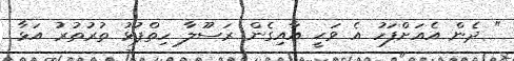
" ދެން އެއަށްފަހު އެ ވަޙީ އާއިގެން ރަސޫލާ ހިތްޕުޅު ތުރުތުރު އަޅާ